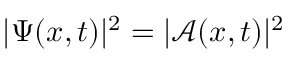
| \Psi ( x , t ) | ^ { 2 } = | \mathcal { A } ( x , t ) | ^ { 2 }